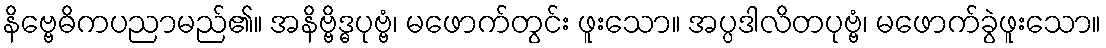
နိဗ္ဗေဓိကပညာမည်၏။ အနိဗ္ဗိဒ္ဓပုဗ္ဗံ၊ မဖောက်တွင်း ဖူးသော။ အပ္ပဒါလိတပုဗ္ဗံ၊ မဖောက်ခွဲဖူးသော။